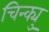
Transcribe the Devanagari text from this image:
चिन्क्यु